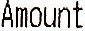
AMOUNT